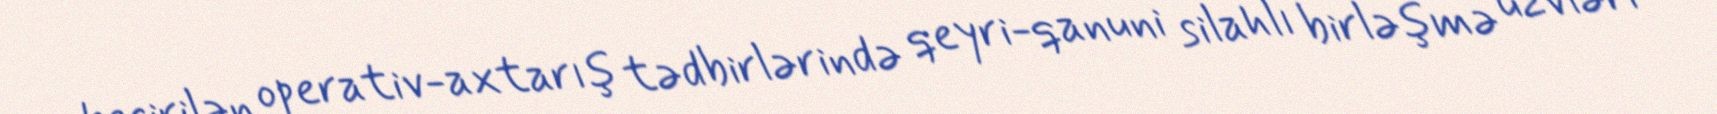
keçirilən operativ-axtarış tədbirlərində qeyri-qanuni silahlı birləşmə üzvləri